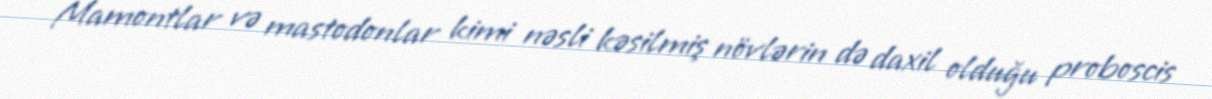
Mamontlar və mastodonlar kimi nəsli kəsilmiş növlərin də daxil olduğu proboscis